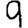
Digit: 9